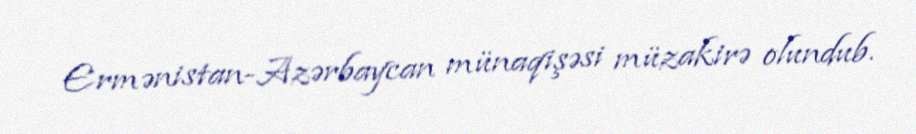
Ermənistan-Azərbaycan münaqişəsi müzakirə olundub.